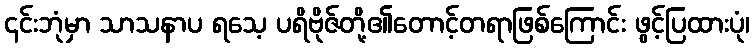
၎င်းဘုံမှာ သာသနာပ ရသေ့ ပရိဗိုဇ်တို့၏တောင့်တရာဖြစ်ကြောင်း ဖွင့်ပြထားပုံ၊